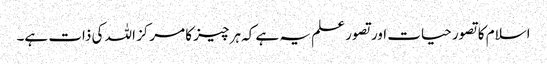
اسلام کا تصور حیات اور تصور علم یہ ہے کہ ہر چیز کا مرکز اللہ کی ذات ہے۔